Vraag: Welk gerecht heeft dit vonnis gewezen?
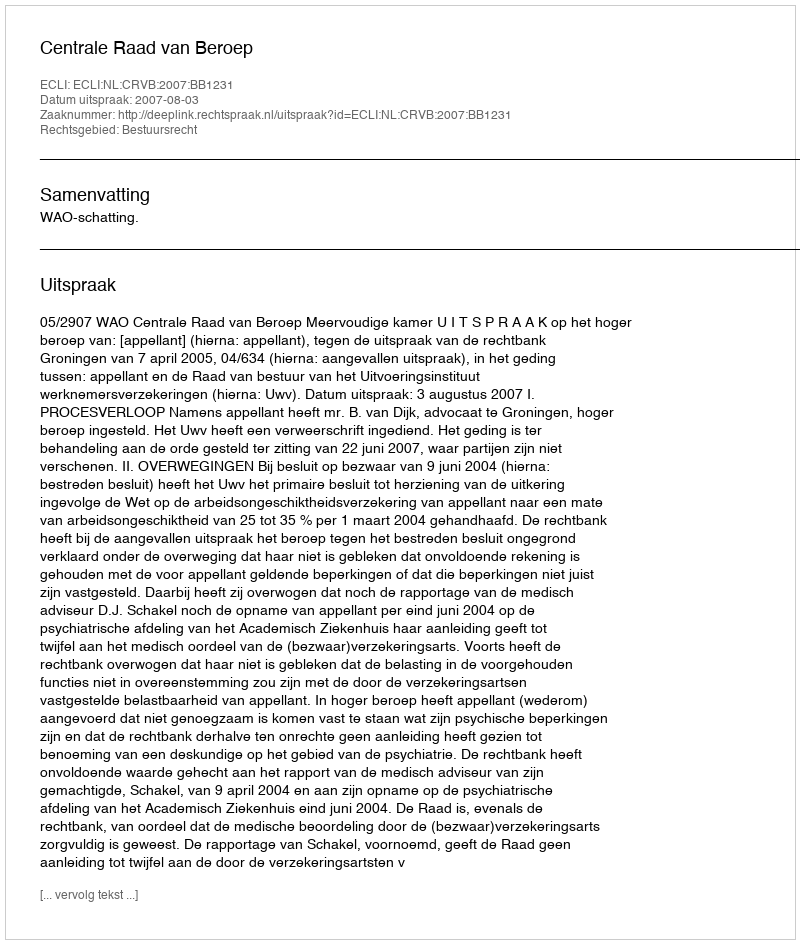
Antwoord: Centrale Raad van Beroep